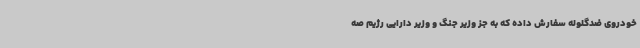
خودروی ضدگلوله سفارش داده که به جز وزیر جنگ و وزیر دارایی رژیم صه